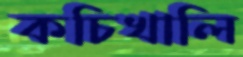
কচিখালি